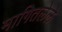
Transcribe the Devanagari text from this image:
मागितलेले